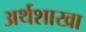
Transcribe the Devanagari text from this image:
अर्थशाखा